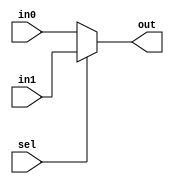
module mux_2_5bit(sel, in0, in1, out);
	input sel;
	input [4:0] in0, in1;
	output [4:0] out;
	assign out = sel ? in1 : in0;
endmodule